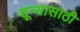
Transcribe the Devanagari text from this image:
शून्यासाठी